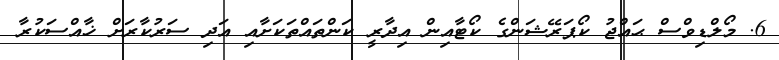
6. މޯލްޑިވްސް ޙައްޖު ކޯޕަރޭޝަންގެ ކޯޓާއިން އިދާރީ ކަންތައްތަކަށާއި އަދި ސަރުކާރަށް ޚާއްސަކުރާ